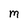
Character: m